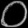
Digit: ၀